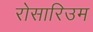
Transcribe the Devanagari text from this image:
रोसारिउम